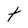
Character: t